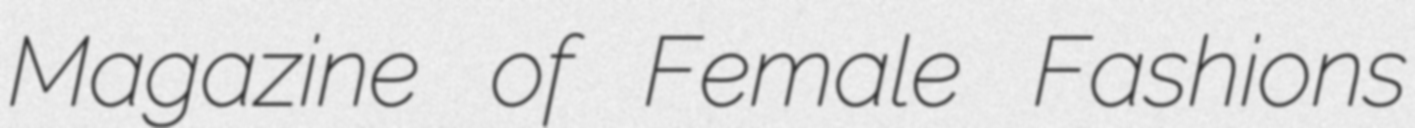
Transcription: Magazine of Female Fashions